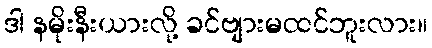
ဒါ နမိုးနီးယားလို့ ခင်ဗျားမထင်ဘူးလား။